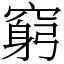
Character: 窮